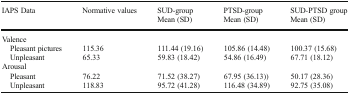
<table><thead><tr><td rowspan="2"><b>IAPS Data</b></td><td rowspan="2"><b>Normative values</b></td><td><b>SUD-group</b></td><td><b>PTSD-group</b></td><td><b>SUD-PTSD group</b></td></tr><tr><td><b>Mean (SD)</b></td><td><b>Mean (SD)</b></td><td><b>Mean (SD)</b></td></tr></thead><tbody><tr><td colspan="5">Valence</td></tr><tr><td> Pleasant pictures</td><td>115.36</td><td>111.44 (19.16)</td><td>105.86 (14.48)</td><td>100.37 (15.68)</td></tr><tr><td> Unpleasant</td><td>65.33</td><td>59.83 (18.42)</td><td>54.86 (16.49)</td><td>67.71 (18.12)</td></tr><tr><td colspan="5">Arousal</td></tr><tr><td> Pleasant</td><td>76.22</td><td>71.52 (38.27)</td><td>67.95 (36.13))</td><td>50.17 (28.36)</td></tr><tr><td> Unpleasant</td><td>118.83</td><td>95.72 (41.28)</td><td>116.48 (34.89)</td><td>92.75 (35.08)</td></tr></tbody></table>